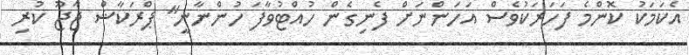
އެކަމަކު ކޮންމެ ފަހަރަކުވެސް އަހަންނަށް ފެނިގެން ހުއްޓުވާފަ ހުންނާނީ" ޕްރަކާޝް ޖާޖޫ ކުރި